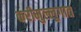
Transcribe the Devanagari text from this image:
करीमुल्लुगात